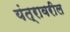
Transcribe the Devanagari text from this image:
यंत्रावरील